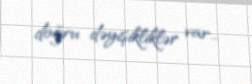
doğru dəyişikliklər var...